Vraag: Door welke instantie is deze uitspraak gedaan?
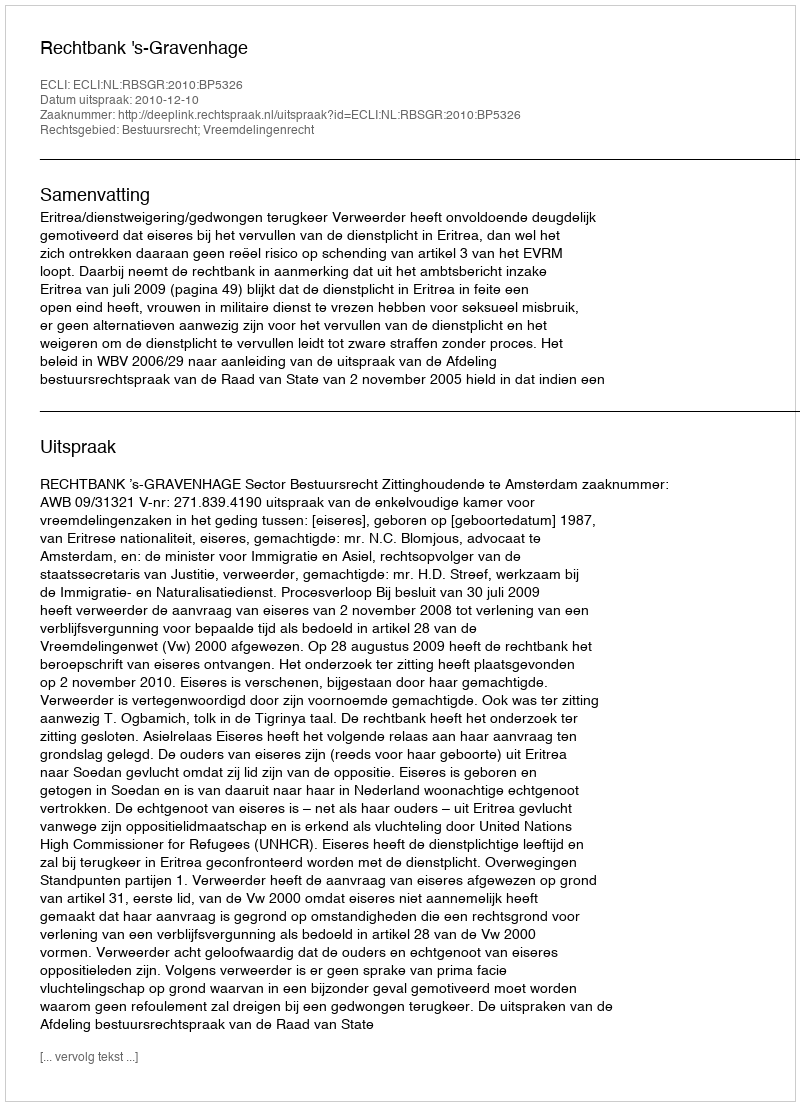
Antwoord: Rechtbank 's-Gravenhage